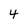
Character: 4